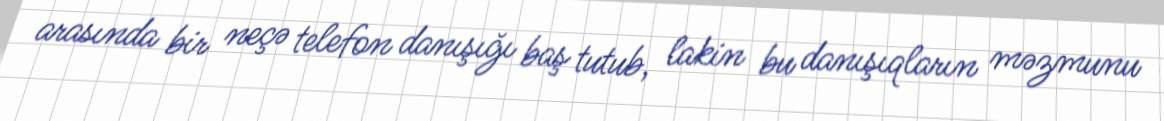
arasında bir neçə telefon danışığı baş tutub, lakin bu danışıqların məzmunu